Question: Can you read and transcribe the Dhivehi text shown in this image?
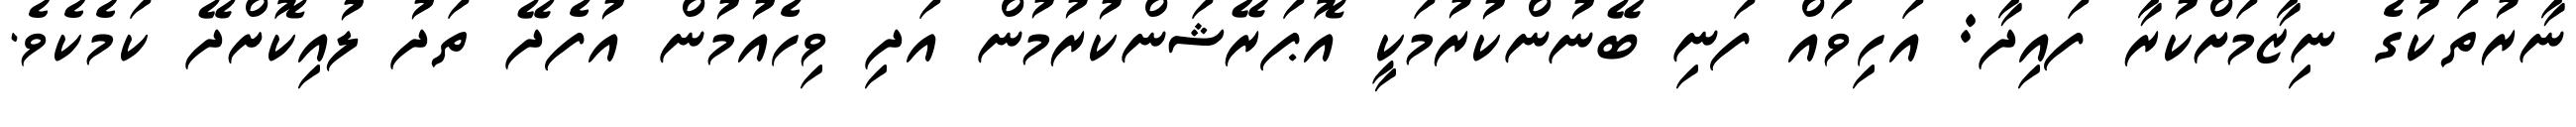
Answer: ނާރުތަކުގެ ނިޒާމަށްކުރާ ފައިދާ: އަހިވައް ފަނި ބޭނުންކުރުމަކީ އޮޕަރޭޝަންކުރުމުން އަދި ވިހެއުމުން އުފެދޭ ތަދު ލުއިކޮށްދޭ ކަމެކެވެ.